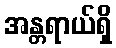
အန္တရာယ်ရှိ